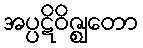
အပ္ပဋိဝိဇ္ဈတော